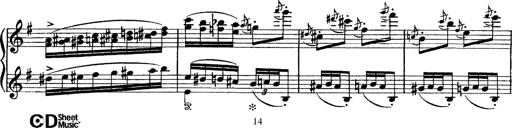
Title: Tarantelle di bravura dâ€™aprÃ¨s la tarantelle de La muette de Portici
Composer: Franz Liszt